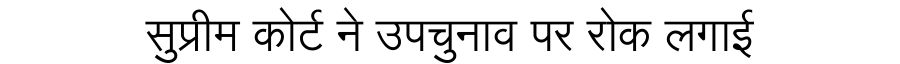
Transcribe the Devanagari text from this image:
सुप्रीम कोर्ट ने उपचुनाव पर रोक लगाई